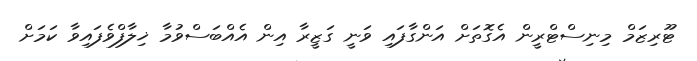
ޓޫރިޒަމް މިނިސްޓްރީން އެގޮތަށް އަންގާފައި ވަނީ ގަޒީރާ އިން އެއްބަސްވުމާ ޚިލާފްވެފައިވާ ކަމަށް